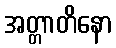
အတ္တာတိနော